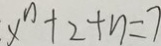
x ^ { n } + 2 + n = 7